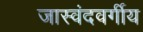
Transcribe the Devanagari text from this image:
जास्वंदवर्गीय